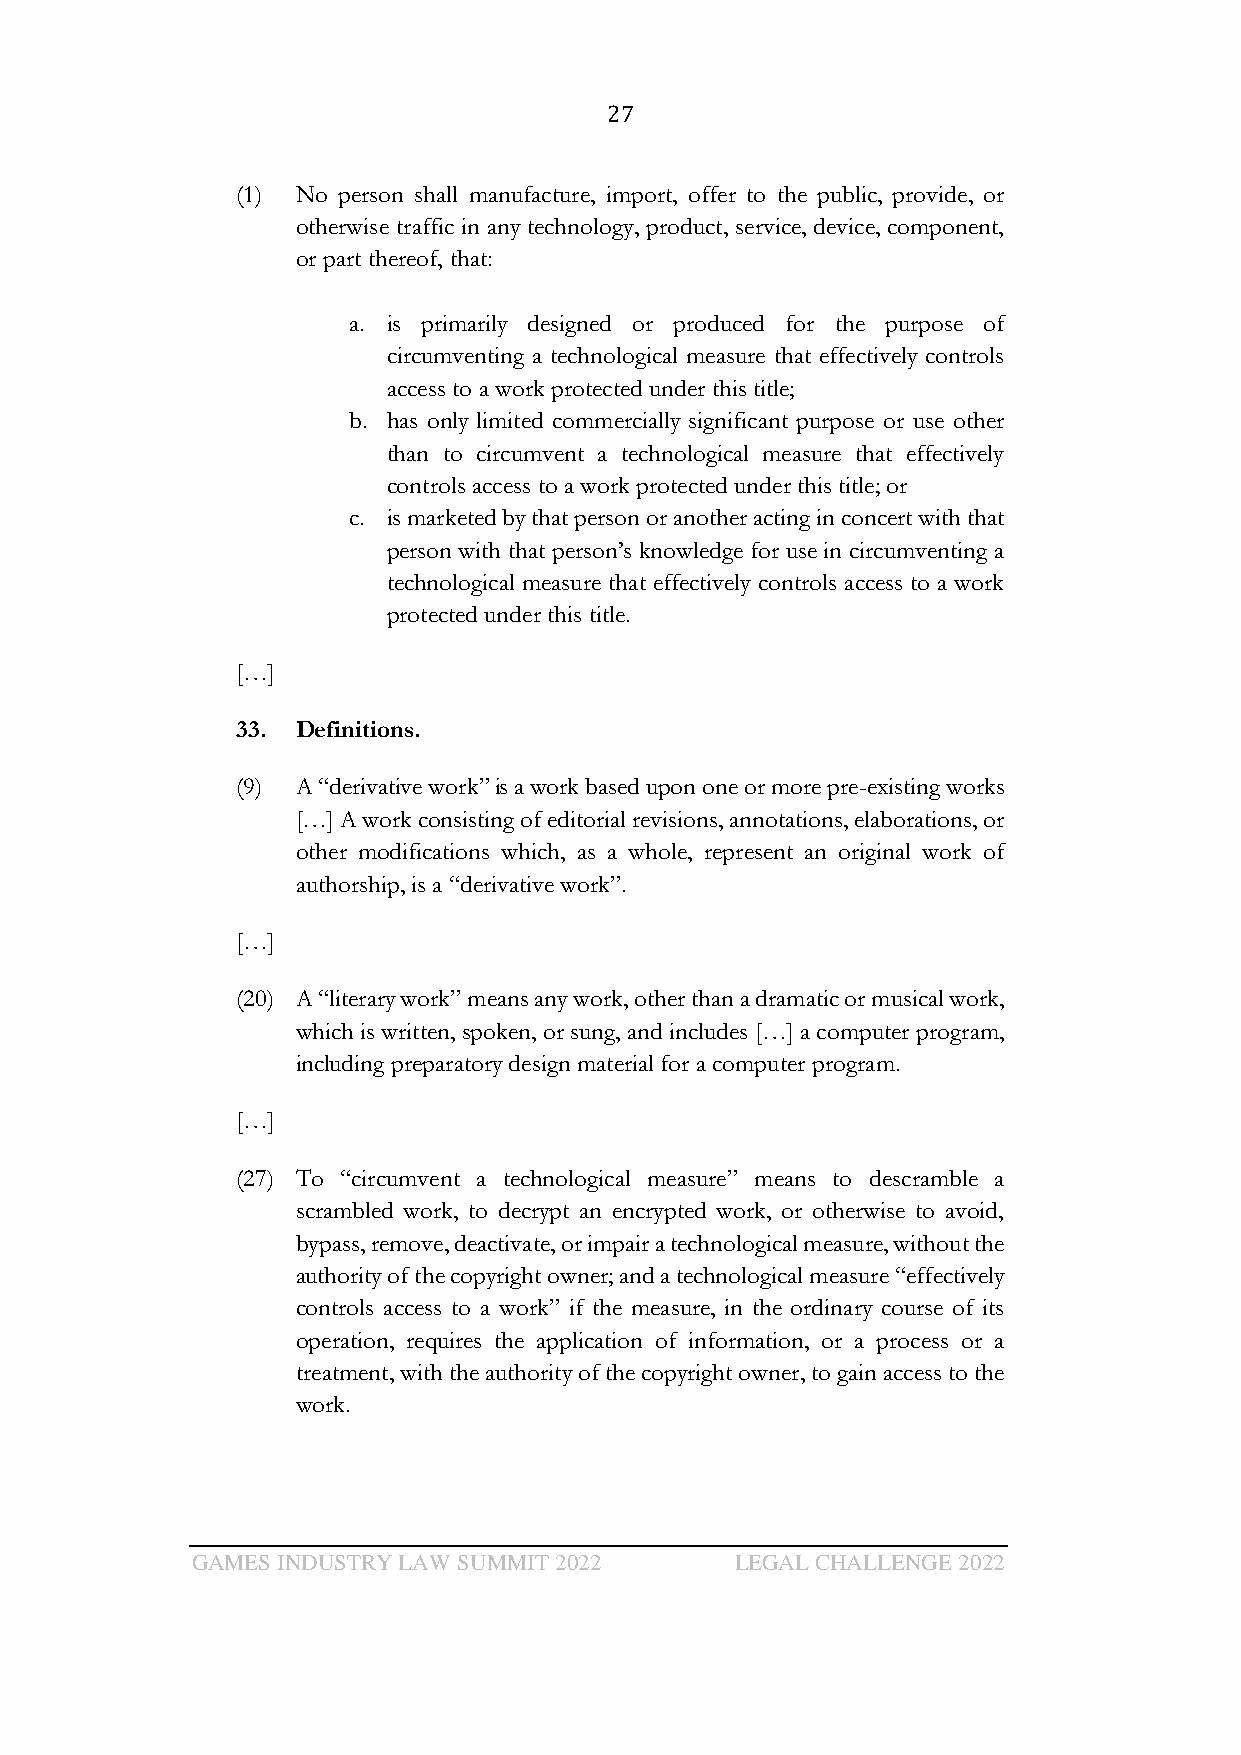
27
 (1) No person shall manufacture, import, offer to the public, provide, or
 otherwise traffic in any technology, product, service, device, component,
 or part thereof, that:
 a. is primarily designed or produced for the purpose of
 circumventing a technological measure that effectively controls
 access to a work protected under this title;
 b. has only limited commercially significant purpose or use other
 than to circumvent a technological measure that effectively
 controls access to a work protected under this title; or
 c. is marketed by that person or another acting in concert with that
 person with that person’s knowledge for use in circumventing a
 technological measure that effectively controls access to a work
 protected under this title.
 […]
 33. Definitions.
 (9) A “derivative work” is a work based upon one or more pre-existing works
 […] A work consisting of editorial revisions, annotations, elaborations, or
 other modifications which, as a whole, represent an original work of
 authorship, is a “derivative work”.
 […]
 (20) A “literary work” means any work, other than a dramatic or musical work,
 which is written, spoken, or sung, and includes […] a computer program,
 including preparatory design material for a computer program.
 […]
 (27) To “circumvent a technological measure” means to descramble a
 scrambled work, to decrypt an encrypted work, or otherwise to avoid,
 bypass, remove, deactivate, or impair a technological measure, without the
 authority of the copyright owner; and a technological measure “effectively
 controls access to a work” if the measure, in the ordinary course of its
 operation, requires the application of information, or a process or a
 treatment, with the authority of the copyright owner, to gain access to the
 work.
 GAMES INDUSTRY LAW SUMMIT 2022      LEGAL CHALLENGE 2022